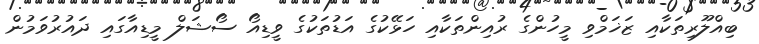
ބިއްލޫރިތަކާއި ޒަޚަމްވި މީހުންގެ ރުއިންތަކާއި ހަޅޭކުގެ އަޑުތަކުގެ ވީޑިއޯ ސޯޝަލް މީޑިއާގައި ދައުރުވަމުން